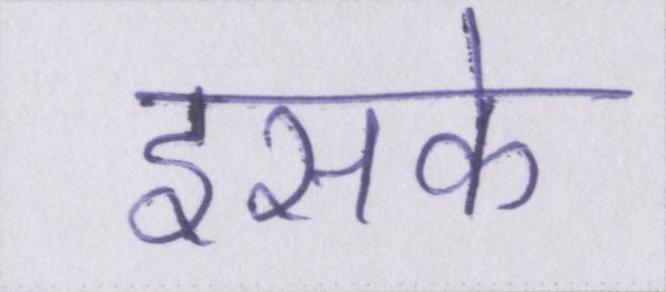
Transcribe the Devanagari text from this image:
इसके